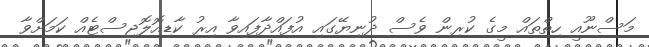
މަސްނޫއީ ހިތްތައް މީގެ ކުރިން ވެސް ދުނިޔޭގައި އުފައްދާފައިވާ އިރު ކާޑިއޮލޮޖިސްޓެއް ކަމަށްވާ